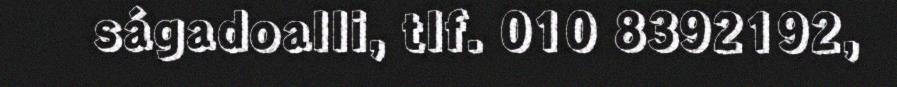
ságadoalli, tlf. 010 8392192,